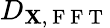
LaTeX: D_{\mathbf{X},\mathrm{{~F~F~T~}}}